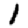
Digit: 1